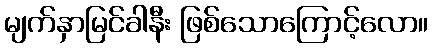
မျက်နှာမြင်ခါနီး ဖြစ်သောကြောင့်လော။